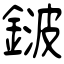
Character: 𨨏